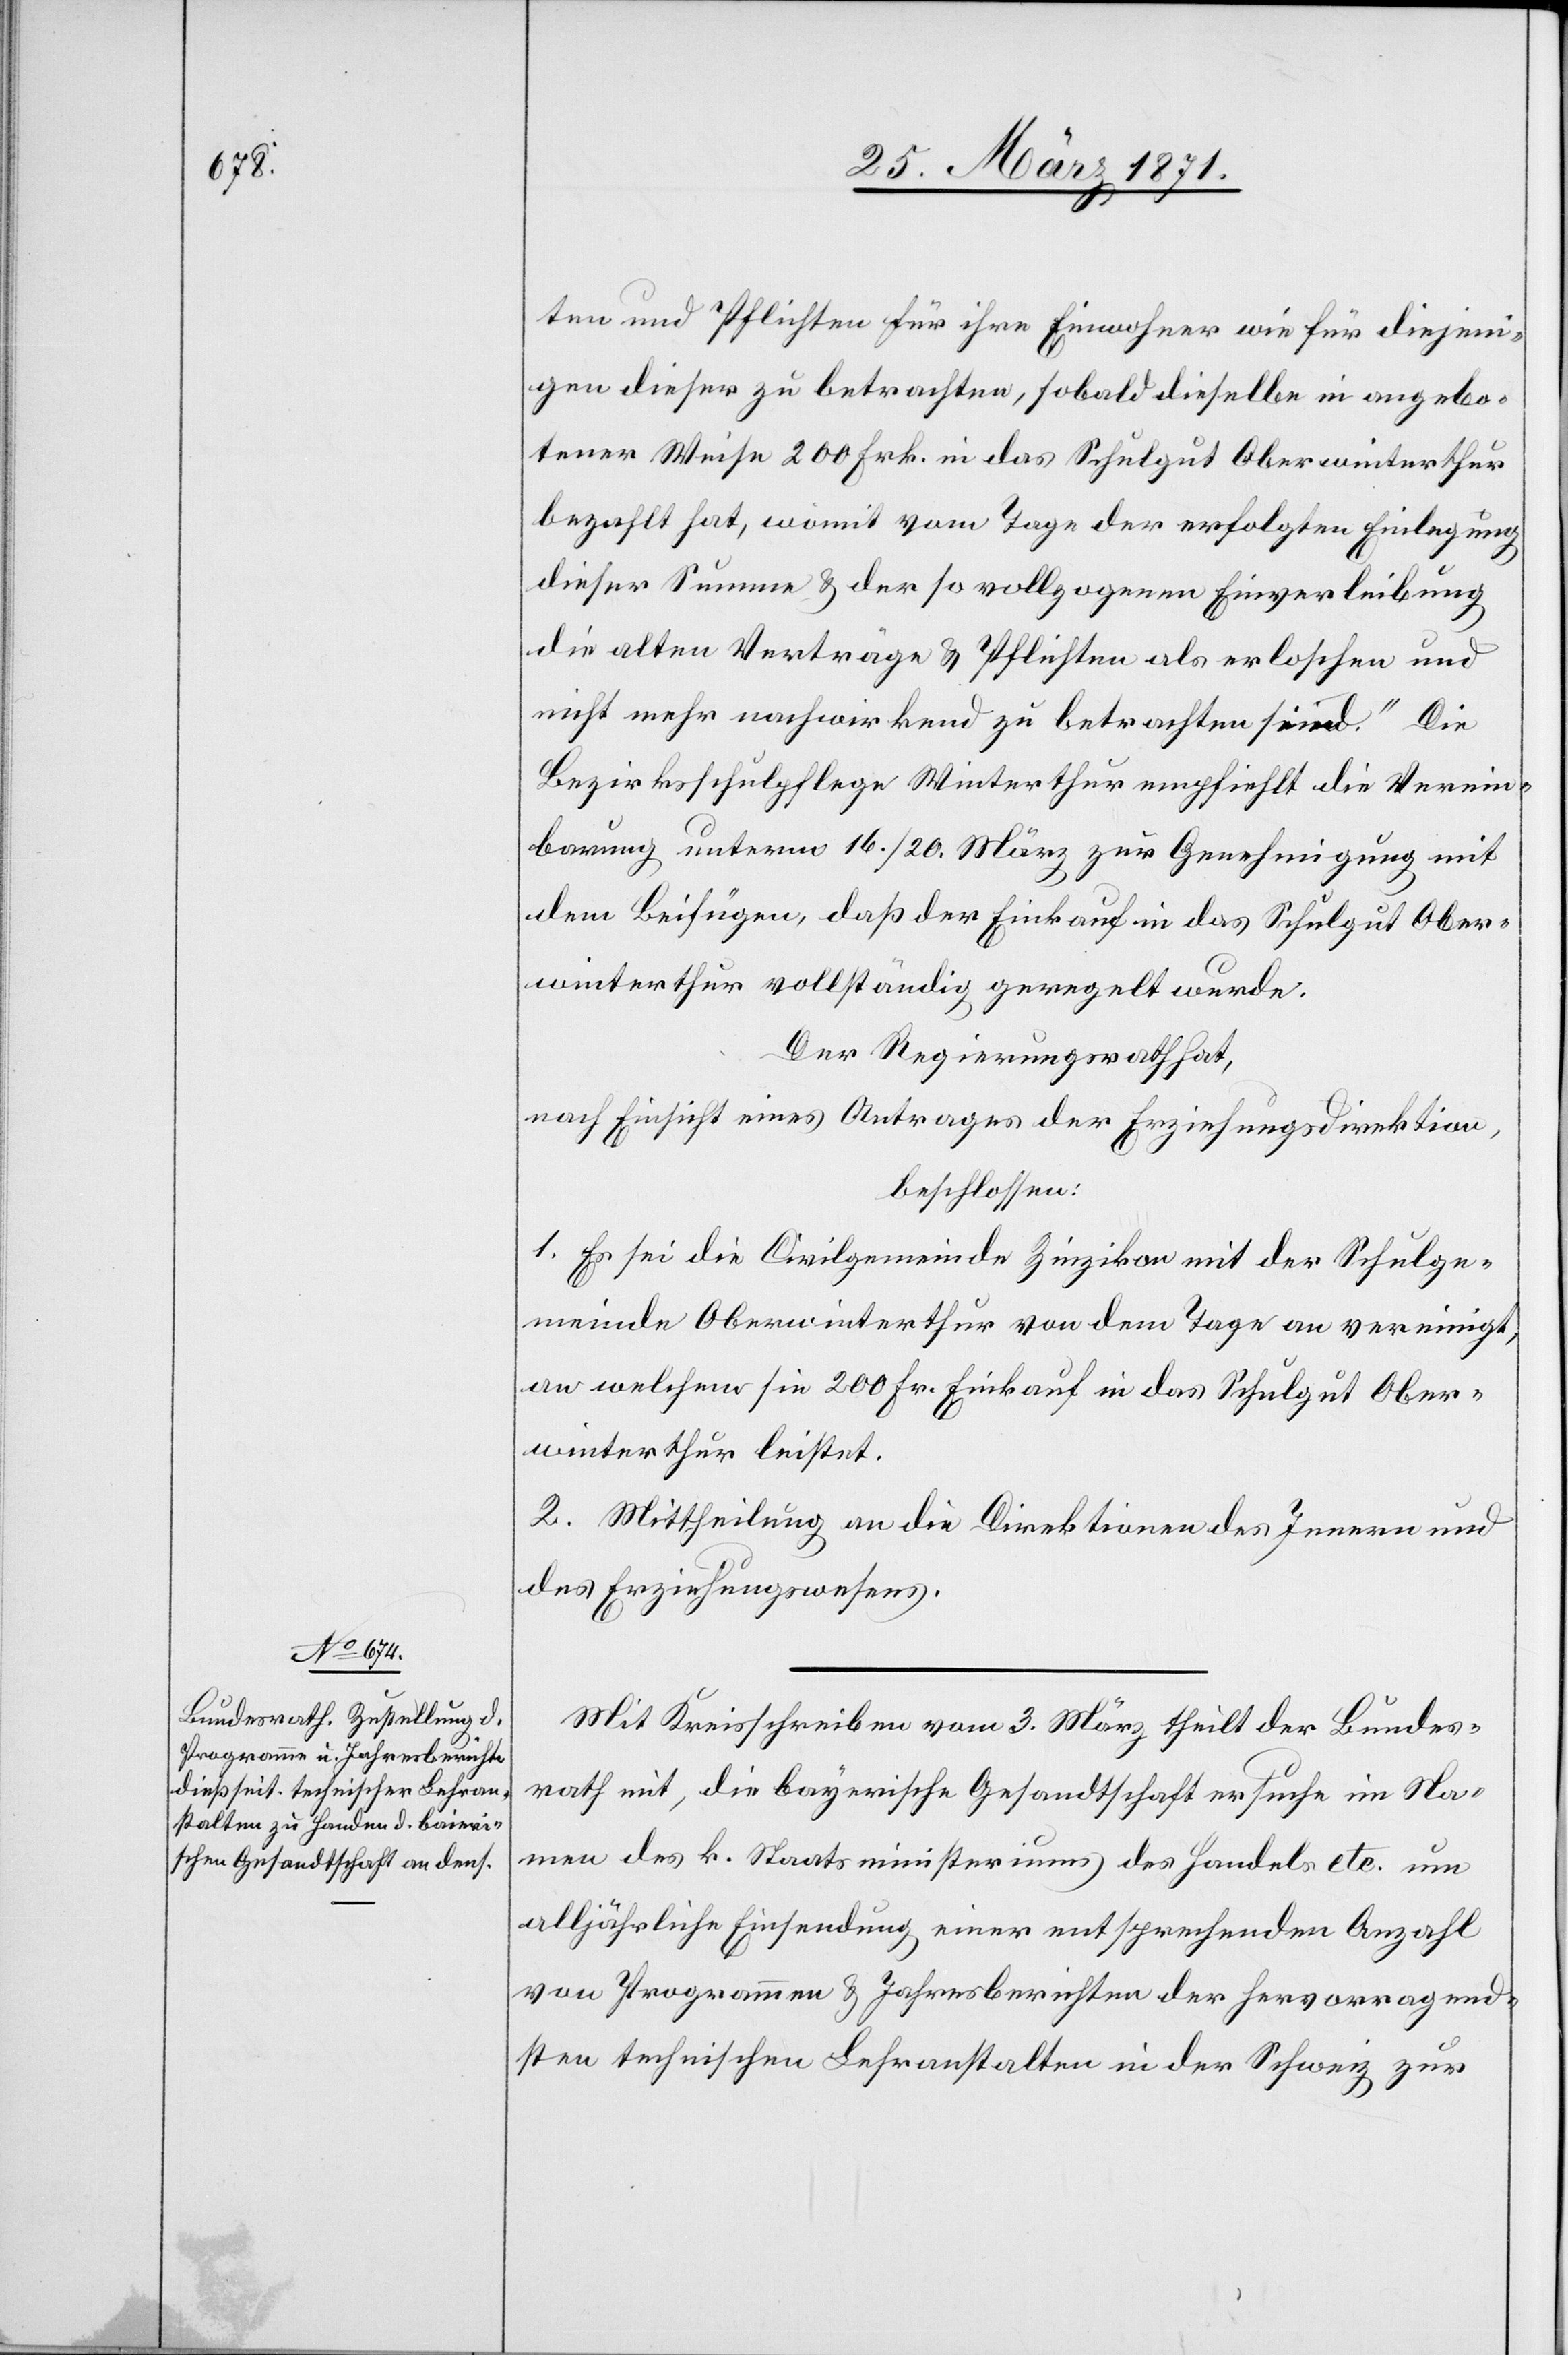
ten und Pflichten für ihre Einwohner wie für diejeni¬
gen dieser zu betrachten, sobald dieselbe in angebo¬
tener Weise 200 Frk. in das Schulgut Oberwinterthur
bezahlt hat, womit vom Tage der erfolgten Einlegung
dieser Summe u. der so vollzogenen Einverleibung
die alten Verträge u. Pflichten als erloschen und
nicht mehr nachwirkend zu betrachten sind.“ Die
Bezirksschulpflege Winterthur empfiehlt die Verein¬
barung unterm 16. / 20. März zur Genehmigung mit
dem Beifügen, daß der Einkauf in das Schulgut Ober¬
winterthur vollständig geregelt wurde.
Der Regierungsrath hat,
nach Einsicht eines Antrages der Erziehungsdirektion,
beschlossen:
1. Es sei die Civilgemeinde Zinzikon mit der Schulge¬
meinde Oberwinterthur von dem Tage an vereinigt,
an welchem sie 200 Fr. Einkauf in das Schulgut Ober¬
winterthur leistet.
2. Mittheilung an die Direktion des Innern und
des Erziehungswesens.
Mit Kreisschreiben vom 3. März theilt der Bundes¬
rath mit, die bayerische Gesandtschaft ersuche im Na¬
men des k. Staatsministeriums des Handels etc. um
alljährliche Einsendung einer entsprechenden Anzahl
von Programmen u. Jahresberichten der hervorragend¬
sten technischen Lehranstalten in der Schweiz zur